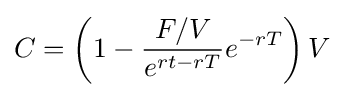
C=\left(1-{\frac {F/V}{e^{rt-rT}}}e^{-rT}\right)V